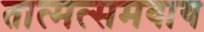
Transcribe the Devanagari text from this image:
तात्मत्समवाय